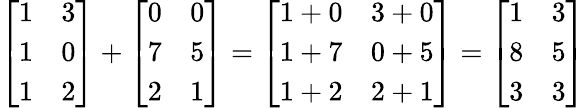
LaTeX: {\left[\begin{array}{ll}{1}&{3}\\ {1}&{0}\\ {1}&{2}\end{array}\right]}+{\left[\begin{array}{ll}{0}&{0}\\ {7}&{5}\\ {2}&{1}\end{array}\right]}={\left[\begin{array}{ll}{1+0}&{3+0}\\ {1+7}&{0+5}\\ {1+2}&{2+1}\end{array}\right]}={\left[\begin{array}{ll}{1}&{3}\\ {8}&{5}\\ {3}&{3}\end{array}\right]}